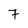
Character: 7